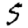
Digit: 5